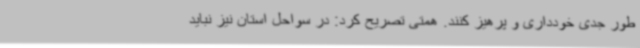
طور جدی خودداری و پرهیز کنند. همتی تصریح کرد: در سواحل استان نیز نباید